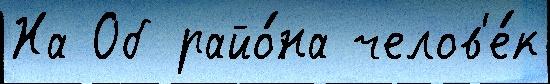
На Об райо́на челов'е́к